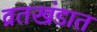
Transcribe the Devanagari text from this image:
व्रतखंडात